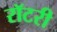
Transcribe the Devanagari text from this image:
रॉटरी